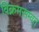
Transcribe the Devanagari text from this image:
विक्रमसम्वत्